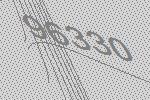
96330